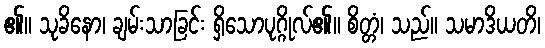
၏။ သုခိနော၊ ချမ်းသာခြင်း ရှိသောပုဂ္ဂိုလ်၏။ စိတ္တံ၊ သည်။ သမာဒိယတိ၊